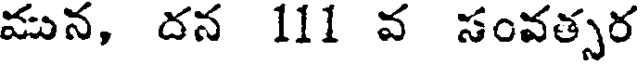
మున, దన 111 వ సంవత్సర